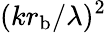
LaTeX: (kr_{\mathrm{b}}/\lambda)^{2}